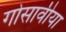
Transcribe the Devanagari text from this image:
गोसावीया